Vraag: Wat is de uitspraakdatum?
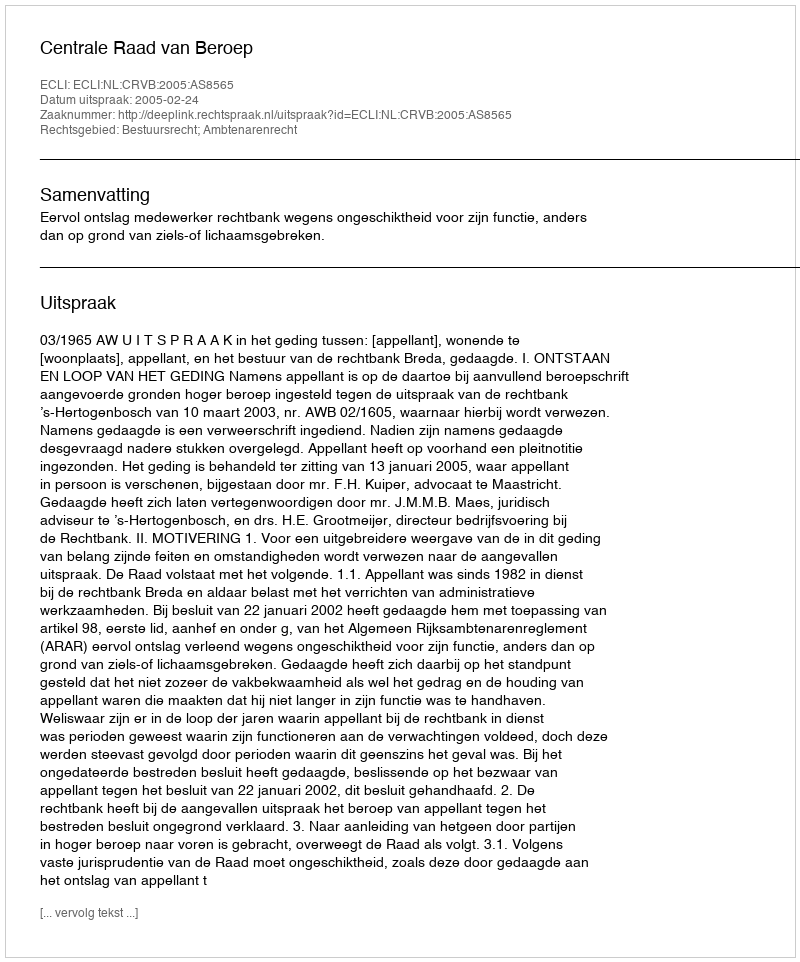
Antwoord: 2005-02-24